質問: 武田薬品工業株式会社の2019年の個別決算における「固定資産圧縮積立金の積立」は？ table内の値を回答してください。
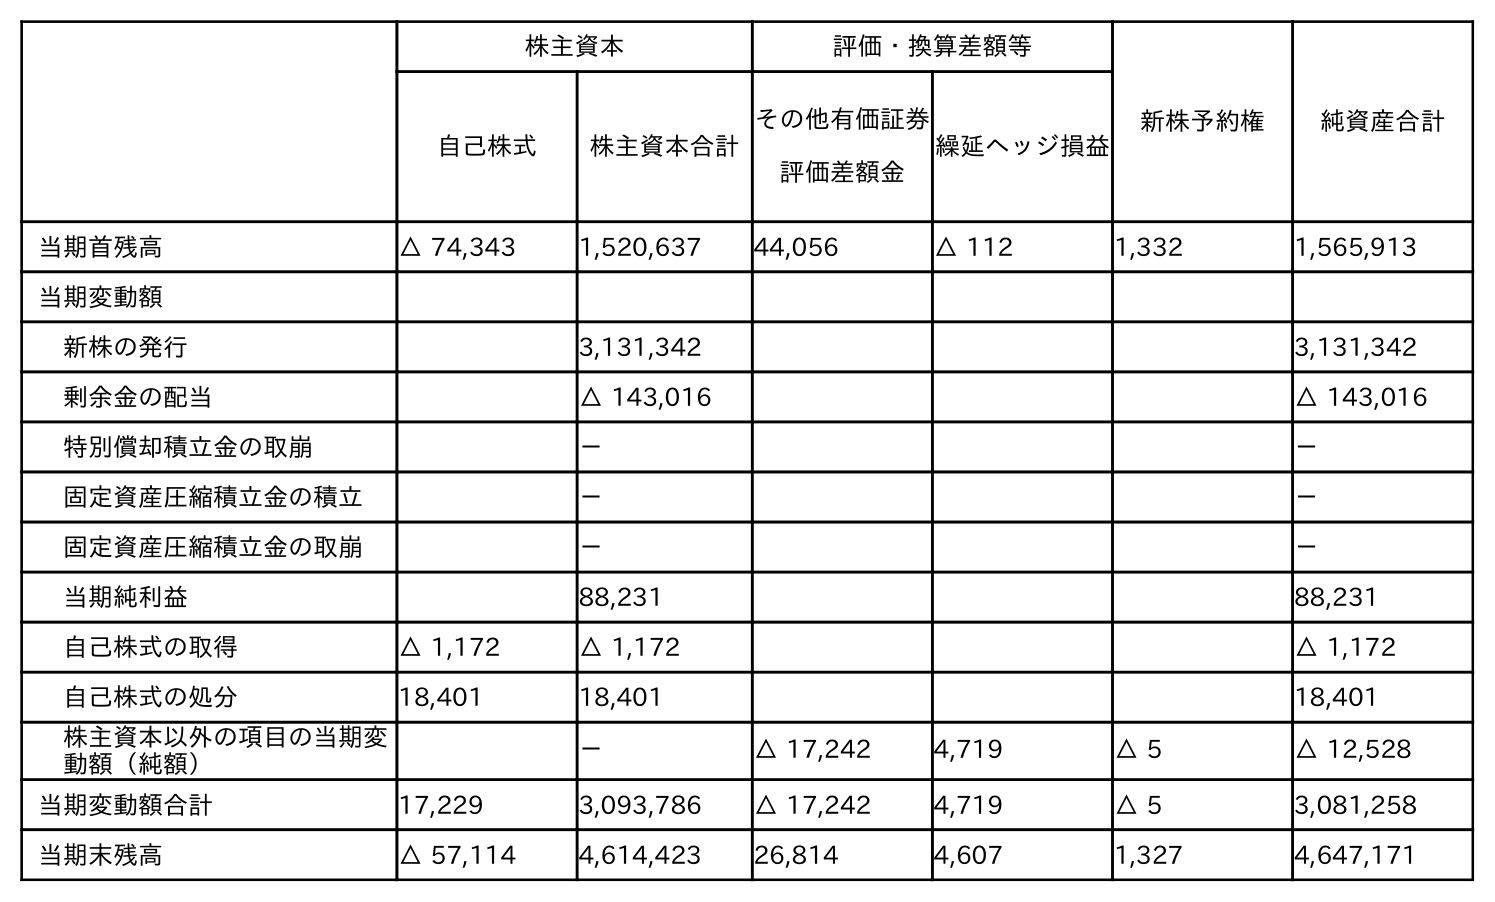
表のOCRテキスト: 株主資本 評価・換算差額等 新株予約権 純資産合計 自己株式 株主資本合計 その他有価証券 評価差額金 繰延ヘッジ損益 当期首残高 △ 74,343 1,520,637 44,056 △ 112 1,332 1,565,913 当期変動額 新株の発行 3,131,342 3,131,342 剰余金の配当 △ 143,016 △ 143,016 特別償却積立金の取崩 － － 固定資産圧縮積立金の積立 － － 固定資産圧縮積立金の取崩 － － 当期純利益 88,231 88,231 自己株式の取得 △ 1,172 △ 1,172 △ 1,172 自己株式の処分 18,401 18,401 18,401 株主資本以外の項目の当期変 動額（純額） － △ 17,242 4,719 △ 5 △ 12,528 当期変動額合計 17,229 3,093,786 △ 17,242 4,719 △ 5 3,081,258 当期末残高 △ 57,114 4,614,423 26,814 4,607 1,327 4,647,171
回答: －